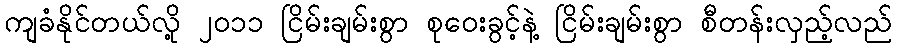
ကျခံနိုင်တယ်လို့ ၂၀၁၁ ငြိမ်းချမ်းစွာ စုဝေးခွင့်နဲ့ ငြိမ်းချမ်းစွာ စီတန်းလှည့်လည်